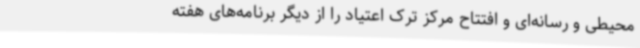
محیطی و رسانه‌ای و افتتاح مرکز ترک اعتیاد را از دیگر برنامه‌های هفته